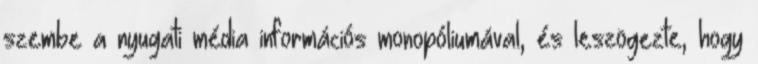
szembe a nyugati média információs monopóliumával, és leszögezte, hogy